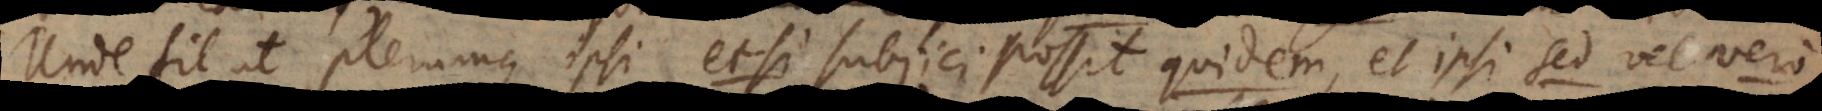
Unde fit ut plerumque ipsi etsi subjici possit quidem, et ipsi sed vel vero